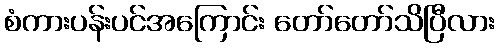
စံကားပန်းပင်အကြောင်း တော်တော်သိပြီလား